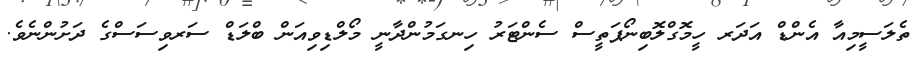
ތެލަސީމިއާ އެންޑް އަދަރ ހީމޮގްލޮބިނޯޕަތީސް ސެންޓަރު ހިނގަމުންދާނީ މޯލްޑިވިއަން ބްލަޑް ސަރވިސަސްގެ ދަށުންނެވެ.